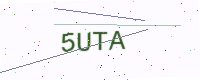
Text: 5UTA